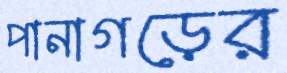
পানাগড়ের